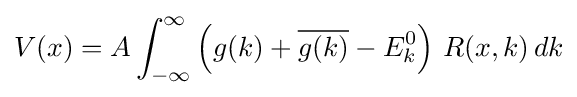
V(x)=A\int _{-\infty }^{\infty }\left(g(k)+{\overline {g(k)}}-E_{k}^{0}\right)\,R(x,k)\,dk